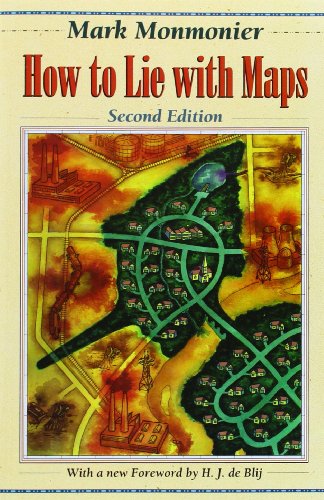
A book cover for How to Lie with Maps (2nd Edition); Mark Monmonier; Science & Math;